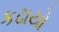
કઢાયો